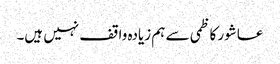
عاشور کاظمی سے ہم زیادہ واقف نہیں ہیں۔